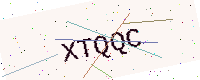
Text: XTQQC